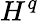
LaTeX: H^{q}